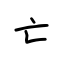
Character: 亡